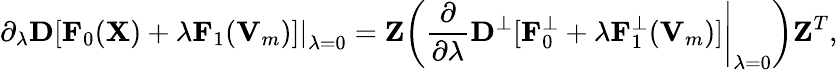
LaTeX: {\displaystyle\left.{\partial}_{\lambda}{\mathbf D}[{\mathbf F}_{0}({\mathbf X})+\lambda{\mathbf F}_{1}({\mathbf V}_{m})]\right\vert_{\lambda=0}=\left.{\mathbf Z}\left(\frac{\partial}{\partial\lambda}{\mathbf D}^{\perp}[{\mathbf F}_{0}^{\perp}+\lambda{\mathbf F}_{1}^{\perp}({\mathbf V}_{m})]\right\vert_{\lambda=0}\right){\mathbf Z}^{T}},